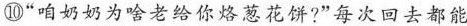
⑩“咱奶奶为啥老给你烙葱花饼?”每次回去都能